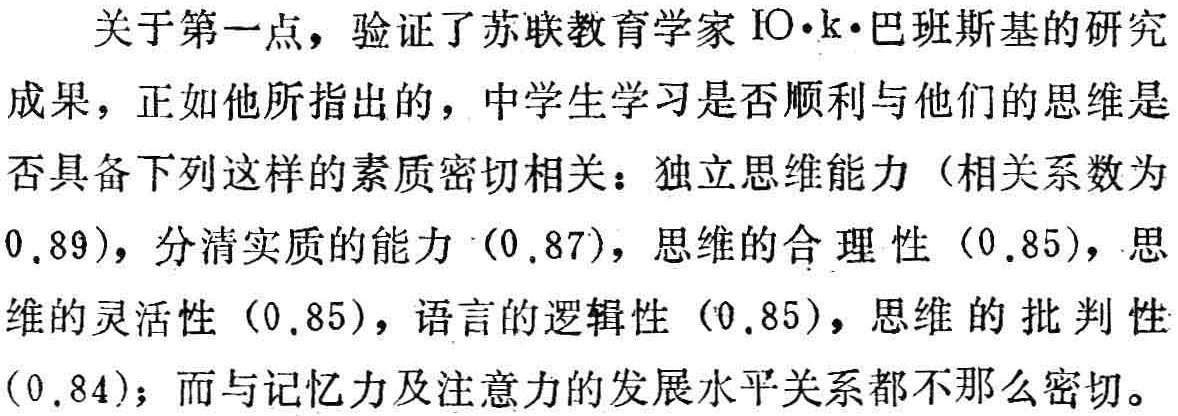
关于第一点，验证了苏联教育学家Ю·к·巴班斯基的研究成果，正如他所指出的，中学生学习是否顺利与他们的思维是否具备下列这样的素质密切相关：独立思维能力（相关系数为0.89），分清实质的能力（0.87），思维的合理性（0.85），思维的灵活性（0.85），语言的逻辑性（0.85），思维的批判性（0.84）；而与记忆力及注意力的发展水平关系都不那么密切。